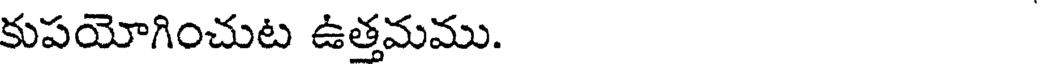
కుపయోగించుట ఉత్తమము.